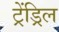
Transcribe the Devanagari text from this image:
ट्रेंड्रिल